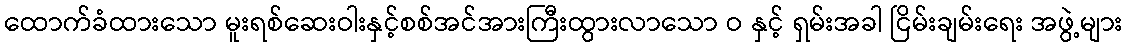
ထောက်ခံထားသော မူးရစ်ဆေးဝါးနှင့်စစ်အင်အားကြီးထွားလာသော ဝ နှင့် ရှမ်းအခါ ငြိမ်းချမ်းရေး အဖွဲ့များ